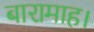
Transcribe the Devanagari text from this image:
बारामाह।